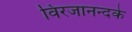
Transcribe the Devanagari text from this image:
विरजानन्दके